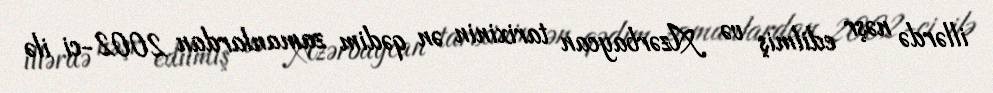
illərdə nəşr edilmiş və Azərbaycan tarixinin ən qədim zamanlardan 2002-ci ilə